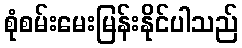
စုံစမ်းမေးမြန်းနိုင်ပါသည်